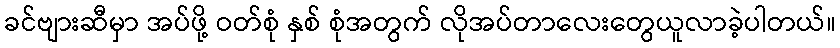
ခင်ဗျားဆီမှာ အပ်ဖို့ ဝတ်စုံ နှစ် စုံအတွက် လိုအပ်တာလေးတွေယူလာခဲ့ပါတယ်။